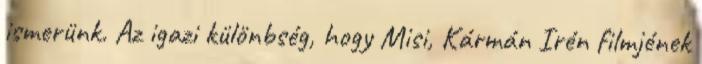
ismerünk. Az igazi különbség, hogy Misi, Kármán Irén filmjének